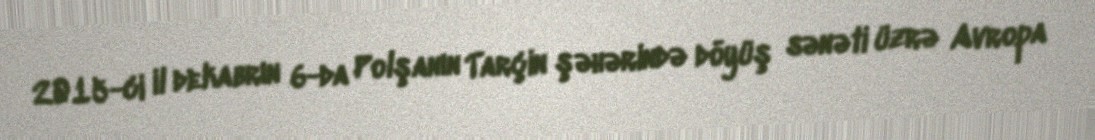
2015-ci il dekabrın 6-da Polşanın Tarçin şəhərində döyüş sənəti üzrə Avropa